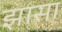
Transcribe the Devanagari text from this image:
झासा